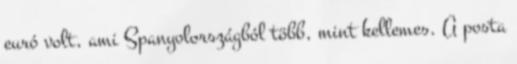
euró volt, ami Spanyolországból több, mint kellemes. A posta